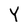
Character: Y